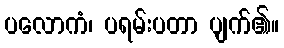
ပလောကံ၊ ပရမ်းပတာ ပျက်၏။